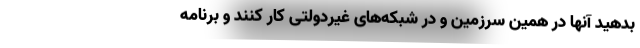
بدهید آنها در همین سرزمین و در شبکه‌های غیردولتی کار کنند و برنامه